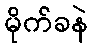
မိုက်ခနဲ